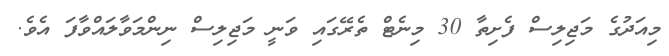
މިއަދުގެ މަޖިލިސް ފެށިތާ 30 މިނެޓް ތެރޭގައި ވަނީ މަޖިލިސް ނިންމަވާލައްވާފަ އެވެ.